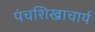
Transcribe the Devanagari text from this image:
पंचशिखाचार्य